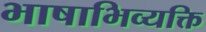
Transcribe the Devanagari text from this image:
भाषाभिव्यक्ति